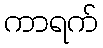
ကာရက်